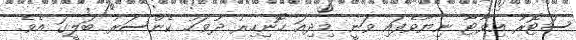
ސަޓޮރު އިވާޓާ ނިޔާވެފައި ވަނީ މިދިއަ ހޮނިހިރު ދުވަހު ކެންސަރު ބަލީގަ އެވެ.